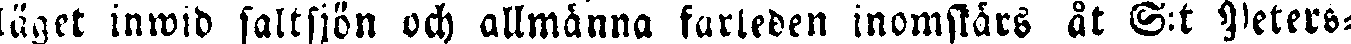
läget inwid saltsjön och allmänna farleden inomslårs åt S:t Peters-